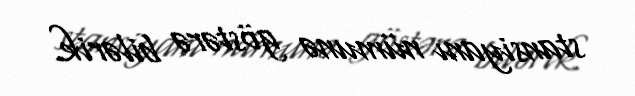
stansiyanı nümunə göstərə bilərik.